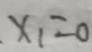
. x _ { 1 } = 0